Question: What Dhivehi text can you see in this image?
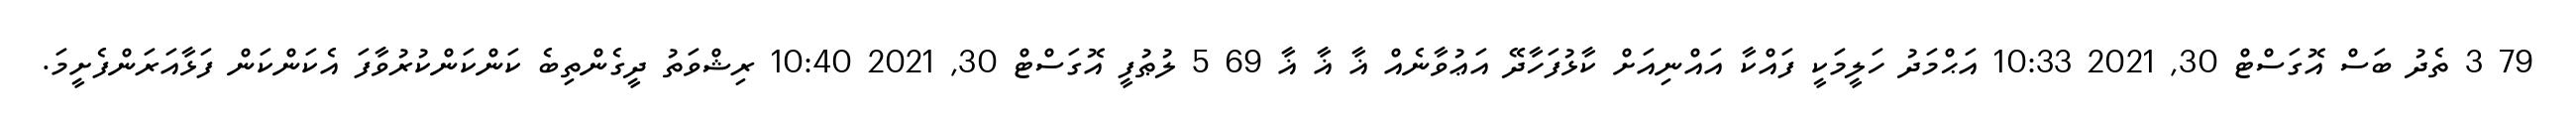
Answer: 79 3 ތެދު ބަސް އޮގަސްޓް 30, 2021 10:33 އަޙްމަދު ހަލީމަކީ ފައްކާ އައްނިއަށް ކާޅުފަހާދޭ އަޢުވާނެއް ޣާ ޣާ ޣާ 69 5 ލުޠުފީ އޮގަސްޓް 30, 2021 10:40 ރިޝްވަތު ދީގެންތިބެ ކަންކަންކުރުވާފަ އެކަންކަން ފަޅާއަރަންފެށީމަ.